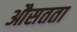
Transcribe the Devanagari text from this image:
औसतता